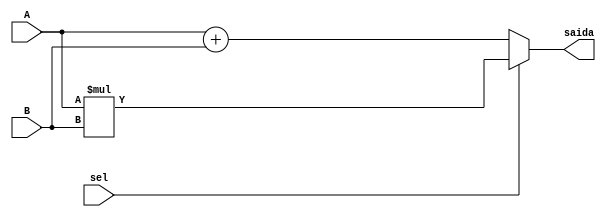
module ula (

    input [15:0] A, 
    input [15:0] B, 
    input sel,
    output [15:0] saida
);
    assign saida = sel ? A * B : A + B;

endmodule